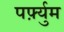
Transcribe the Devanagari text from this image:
पर्फ़्युम